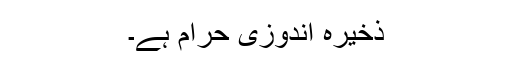
ذخیرہ اندوزی حرام ہے۔